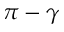
\pi - \gamma